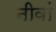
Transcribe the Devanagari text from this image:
नीवां